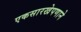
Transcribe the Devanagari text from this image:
एकसारखेपणाने